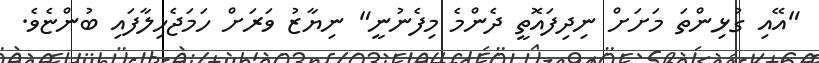
"އޭއި ގުޅިންތަ މަށަށް ނިދިފައޮތީ ދެންމެ މިފެނުނީ" ނިޔާޒު ވަރަށް ހަމަޖެހިލާފައި ބުންޏެވެ.